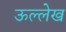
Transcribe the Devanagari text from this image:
ऊल्लेख